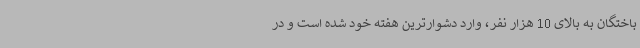
باختگان به بالای 10 هزار نفر، وارد دشوارترین هفته خود شده است و در